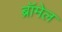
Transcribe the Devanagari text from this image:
ब्रॉमेल